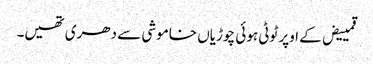
قمییض کے اوپر ٹوٹی ہوئی چوڑیاں خاموشی سے دھری تھیں۔